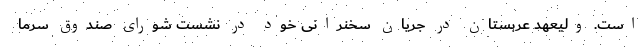
است. ولیعهد عربستان در جریان سخنرانی خود در نشست شورای صندوق سرما